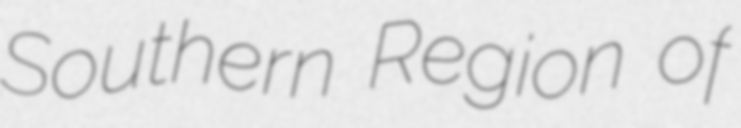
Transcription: Southern Region of